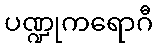
ပဏ္ဍုကရောဂီ